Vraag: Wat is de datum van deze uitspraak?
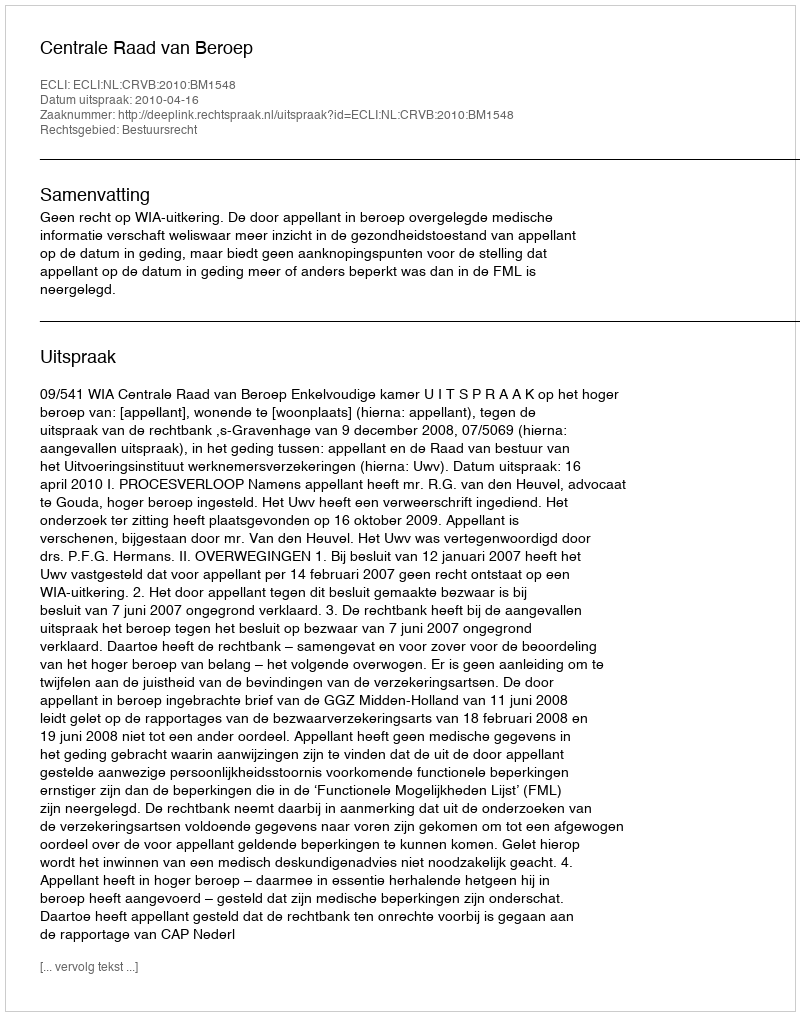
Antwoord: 2010-04-16